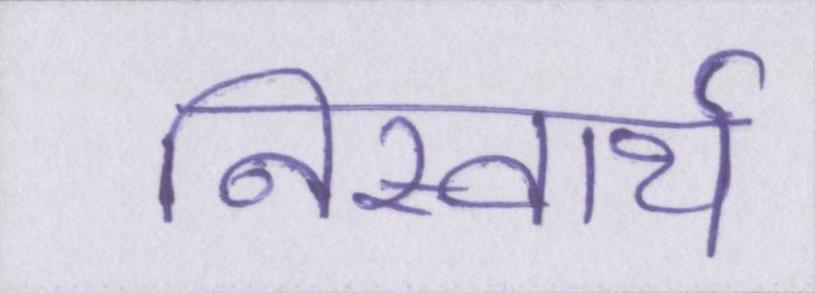
निस्वार्थ